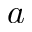
a